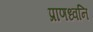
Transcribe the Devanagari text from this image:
प्राणध्वनि